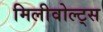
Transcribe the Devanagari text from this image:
मिलीवोल्ट्स